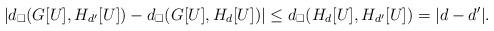
LaTeX: \begin{align*}|d_\square(G[U],H_{d'}[U])-d_\square(G[U],H_d[U])| \leq d_\square (H_d[U],H_{d'}[U]) = |d-d'|.\end{align*}